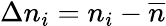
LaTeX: \Delta n_{i}=n_{i}-\overline{{n}}